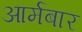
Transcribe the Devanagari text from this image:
आर्मबार